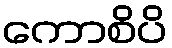
ကောစိပိ